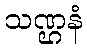
သဏ္ဌနံ